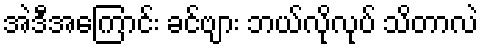
အဲဒီအကြောင်း ခင်ဗျား ဘယ်လိုလုပ် သိတာလဲ